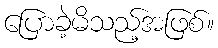
ပြောခဲ့မိသည့်အဖြစ်။